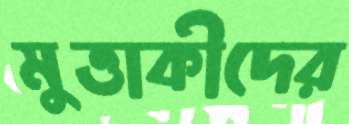
মুত্তাকীদের